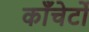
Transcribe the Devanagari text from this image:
काँचेर्टो